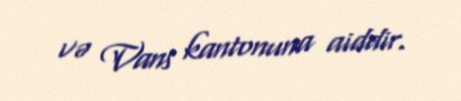
və Vans kantonuna aiddir.